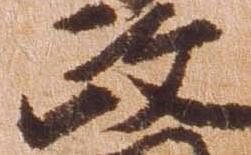
政